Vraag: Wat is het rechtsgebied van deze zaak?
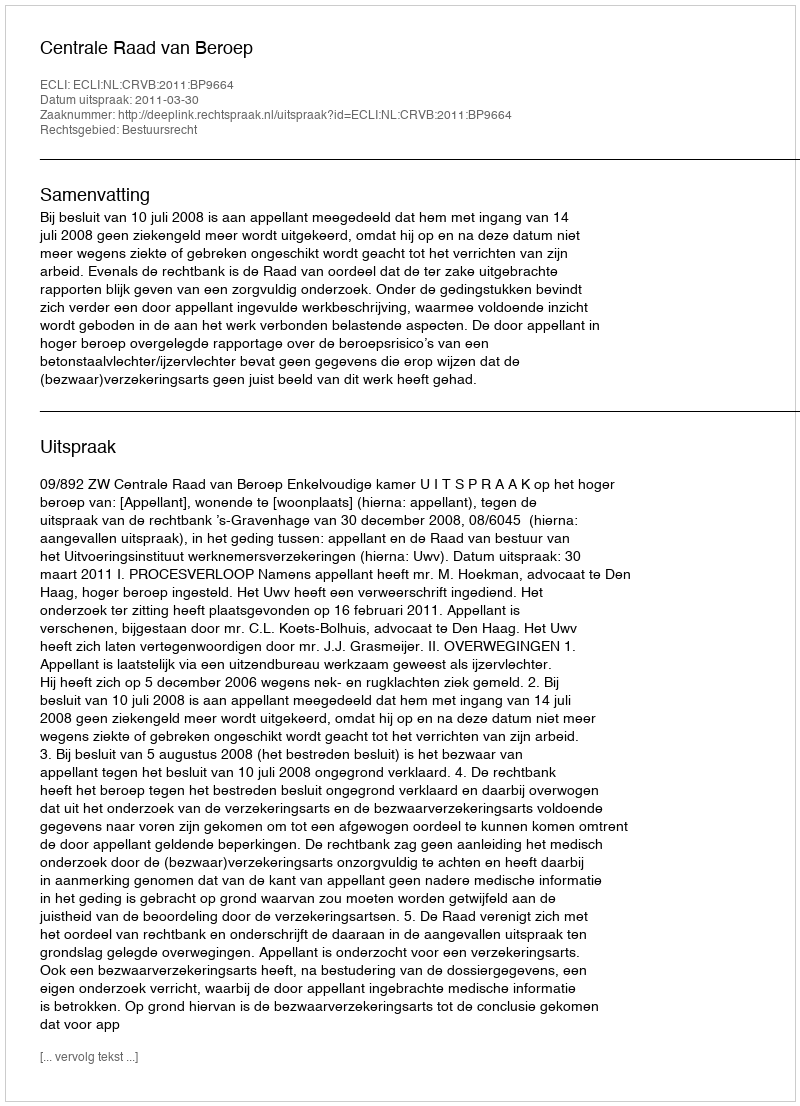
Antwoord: Bestuursrecht